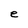
Character: e